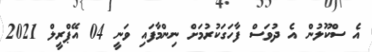
އެ ސްކޫލުން އެ ދުވަސް ފާހަގަކުރުމަށް ނިންމާފައި ވަނީ 04 އޭޕްރީލް 2021